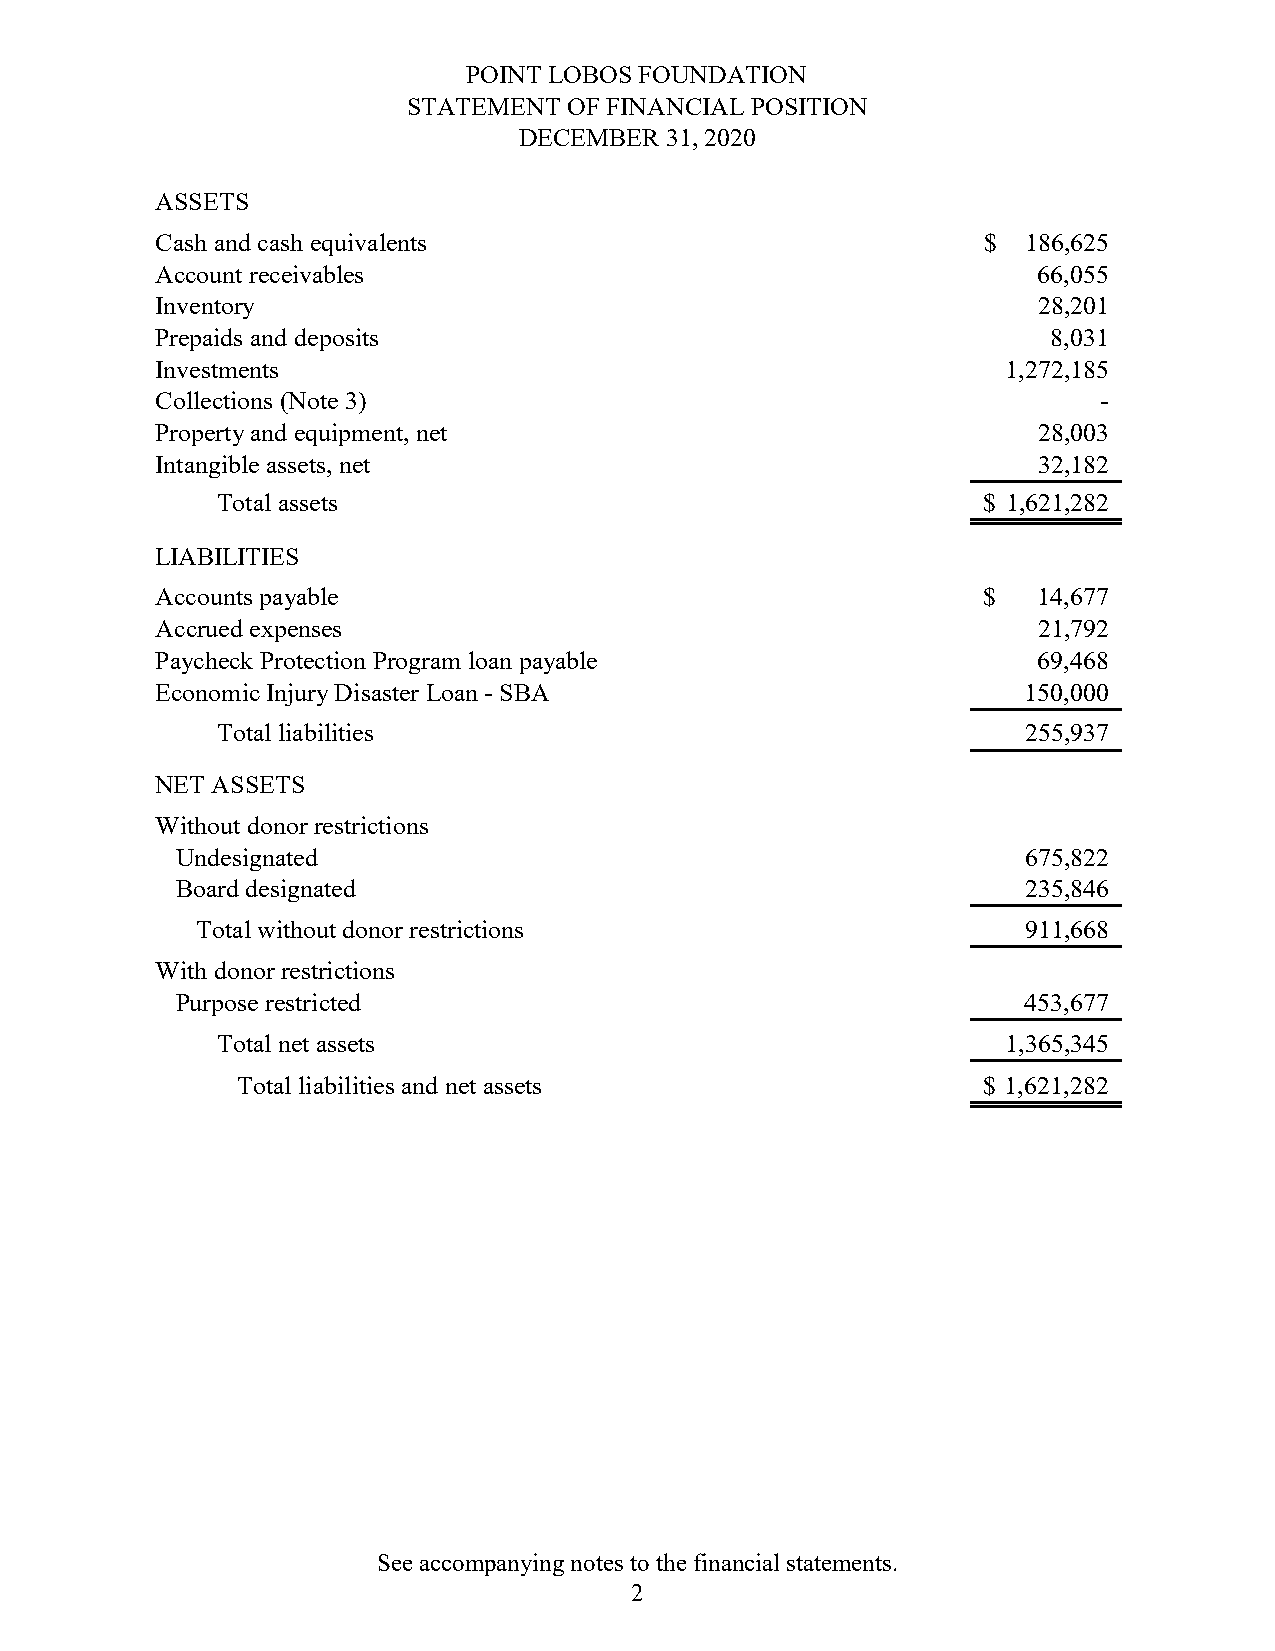
POINT LOBOS FOUNDATION
 STATEMENT  OF FINANCIAL POSITION
 DECEMBER  31, 2020
 ASSETS
 Cash and cash equivalents                              $  186,625
 Account receivables                                        66,055
 Inventory                                                  28,201
 Prepaids and deposits                                       8,031
 Investments                                              1,272,185
 Collections (Note 3)                                           -
 Property and equipment, net                                28,003
 Intangible assets, net                                     32,182
 Total assets                                       $ 1,621,282
 LIABILITIES
 Accounts payable                                       $   14,677
 Accrued expenses                                           21,792
 Paycheck Protection Program loan payable                   69,468
 Economic Injury Disaster Loan - SBA                       150,000
 Total liabilities                                     255,937
 NET ASSETS
 Without donor restrictions
 Undesignated                                            675,822
 Board designated                                        235,846
 Total without donor restrictions                       911,668
 With donor restrictions
 Purpose restricted                                      453,677
 Total net assets                                     1,365,345
 Total liabilities and net assets                 $ 1,621,282
 See accompanying notes to the financial statements.
 2